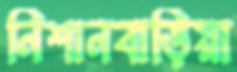
নিশানবাড়িয়া